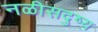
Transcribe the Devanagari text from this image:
नळीसदुष्य